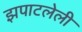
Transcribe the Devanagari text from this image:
झपाटलेली